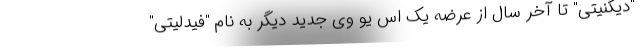
"دیگنیتی" تا آخر سال از عرضه یک اس یو وی جدید دیگر به نام "فیدلیتی"